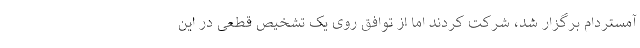
آمستردام برگزار شد، شرکت کردند اما از توافق روی یک تشخیص قطعی در این